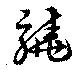
驍